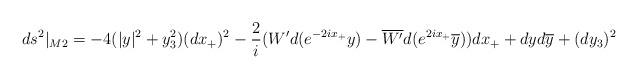
LaTeX: \begin{align*}ds^2|_{M2}=-4 (|y|^2+y_3^2)(dx_+)^2 -{2\over i}(W' d(e^{-2ix_+}y)-\overline{W'}d(e^{2ix_+}\overline{y})) dx_+ +dy d\overline{y} +(d y_3)^2\end{align*}